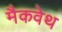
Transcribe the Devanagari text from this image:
मैकवेथ